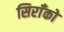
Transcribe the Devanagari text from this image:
सिराँको